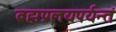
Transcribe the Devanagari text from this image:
ब्रह्मप्रलयपर्यन्तं